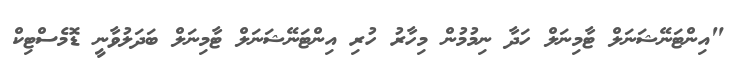
"އިންޓަނޭޝަނަލް ޓާމިނަލް ހަދާ ނިމުމުން މިހާރު ހުރި އިންޓަނޭޝަނަލް ޓާމިނަލް ބަދަލުވާނީ ޑޮމެސްޓިކް